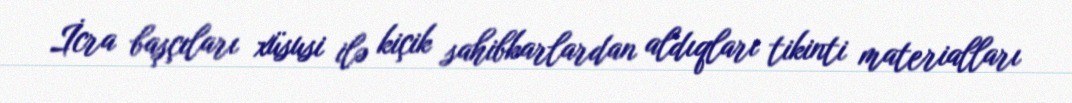
İcra başçıları xüsusi ilə kiçik sahibkarlardan aldıqları tikinti materialları